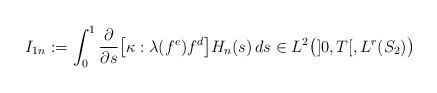
LaTeX: \begin{align*}I_{1n} := \int_0^1 \dfrac{\partial}{\partial s}\big[\kappa:\lambda(f^e)f^d\big] H_n(s) \, ds\in L^{2}\big(]0, T[, L^r(S_2)\big)\end{align*}